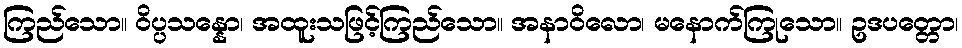
ကြည်သော။ ဝိပ္ပသန္နော၊ အထူးသဖြင့်ကြည်သော။ အနာဝိလော၊ မနောက်ကြုသော။ ဥဒပတ္တော၊